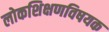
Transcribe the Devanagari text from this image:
लोकशिक्षणविषयक